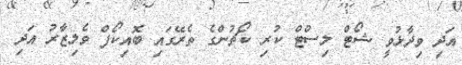
އަދި ވިދާޅުވީ ޝޯޓް ލިސްޓް ކުރި ކޯޗުންގެ ތެރޭގައި ބޮއިކޯފް ވެލިޒާރު އަދި